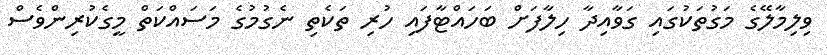
ވިލިމާލޭގެ މަގުތަކުގައި ގަވާއިދާ ހިލާފަށް ބަހައްޓާފައި ހުރި ތަކެތި ނެގުމުގެ މަސައްކަތް މީގެކުރިންވެސް